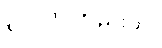
၃၁၀၀၀တည်းပါ။